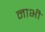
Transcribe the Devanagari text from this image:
नाभीं